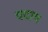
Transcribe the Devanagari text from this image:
पदाय